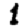
Digit: 1